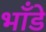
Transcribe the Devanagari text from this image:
भाँडे